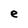
Character: e